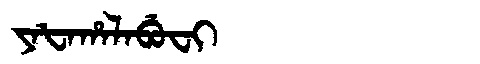
Manchu: ᠶᠠᡶᠠᡥᠠᠯᠠᠪᡠᠸᡳ
Romanization: YAFAHALABUFI